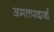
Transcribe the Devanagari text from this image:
अमतपदार्थ